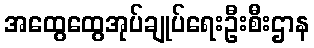
အထွေထွေအုပ်ချုပ်ရေးဦးစီးဌာန